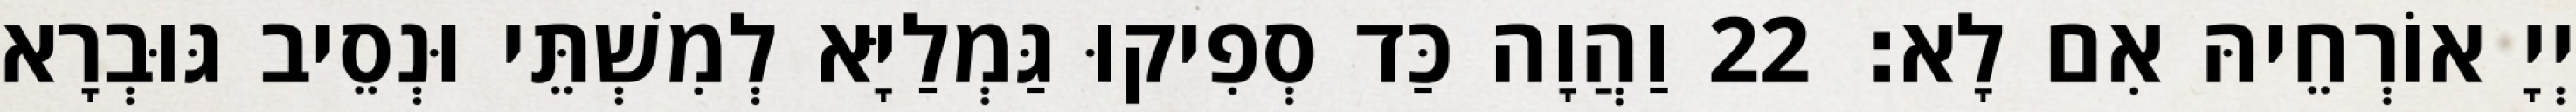
יְיָ אוֹרְחֵיהּ אִם לָא׃ 22 וַהֲוָה כַּד סְפִיקוּ גַּמְלַיָּא לְמִשְׁתֵּי וּנְסֵיב גּוּבְרָא